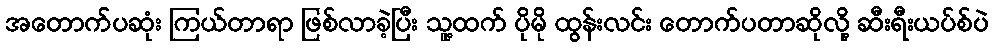
အတောက်ပဆုံး ကြယ်တာရာ ဖြစ်လာခဲ့ပြီး သူ့ထက် ပိုမို ထွန်းလင်း တောက်ပတာဆိုလို့ ဆီးရီးယပ်စ်ပဲ